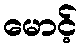
မောင့်